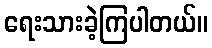
ရေးသားခဲ့ကြပါတယ်။